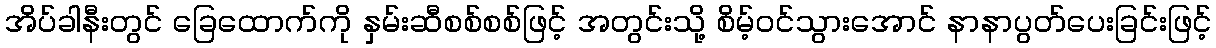
အိပ်ခါနီးတွင် ခြေထောက်ကို နှမ်းဆီစစ်စစ်ဖြင့် အတွင်းသို့ စိမ့်ဝင်သွားအောင် နာနာပွတ်ပေးခြင်းဖြင့်